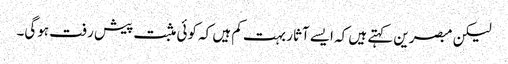
لیکن مبصرین کہتے ہیں کہ ایسے آثار بہت کم ہیں کہ کوئی مثبت پیش رفت ہوگی۔